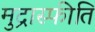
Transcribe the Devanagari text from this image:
मुद्रास्‍फीति